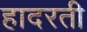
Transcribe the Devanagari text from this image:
हादरती